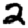
Digit: 2